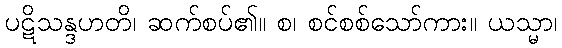
ပဋိသန္ဒဟတိ၊ ဆက်စပ်၏။ စ၊ စင်စစ်သော်ကား။ ယသ္မာ၊